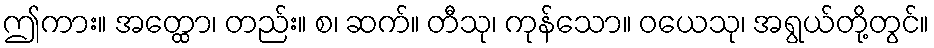
ဤကား။ အတ္ထော၊ တည်း။ စ၊ ဆက်။ တီသု၊ ကုန်သော။ ဝယေသု၊ အရွယ်တို့တွင်။